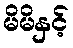
မိမိနှင့်